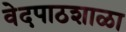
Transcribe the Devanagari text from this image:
वेदपाठशाळा